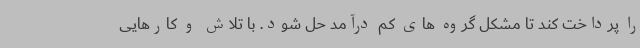
را پرداخت کند تا مشکل گروه های کم درآمد حل شود. با تلاش و کارهایی